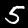
Digit: 5